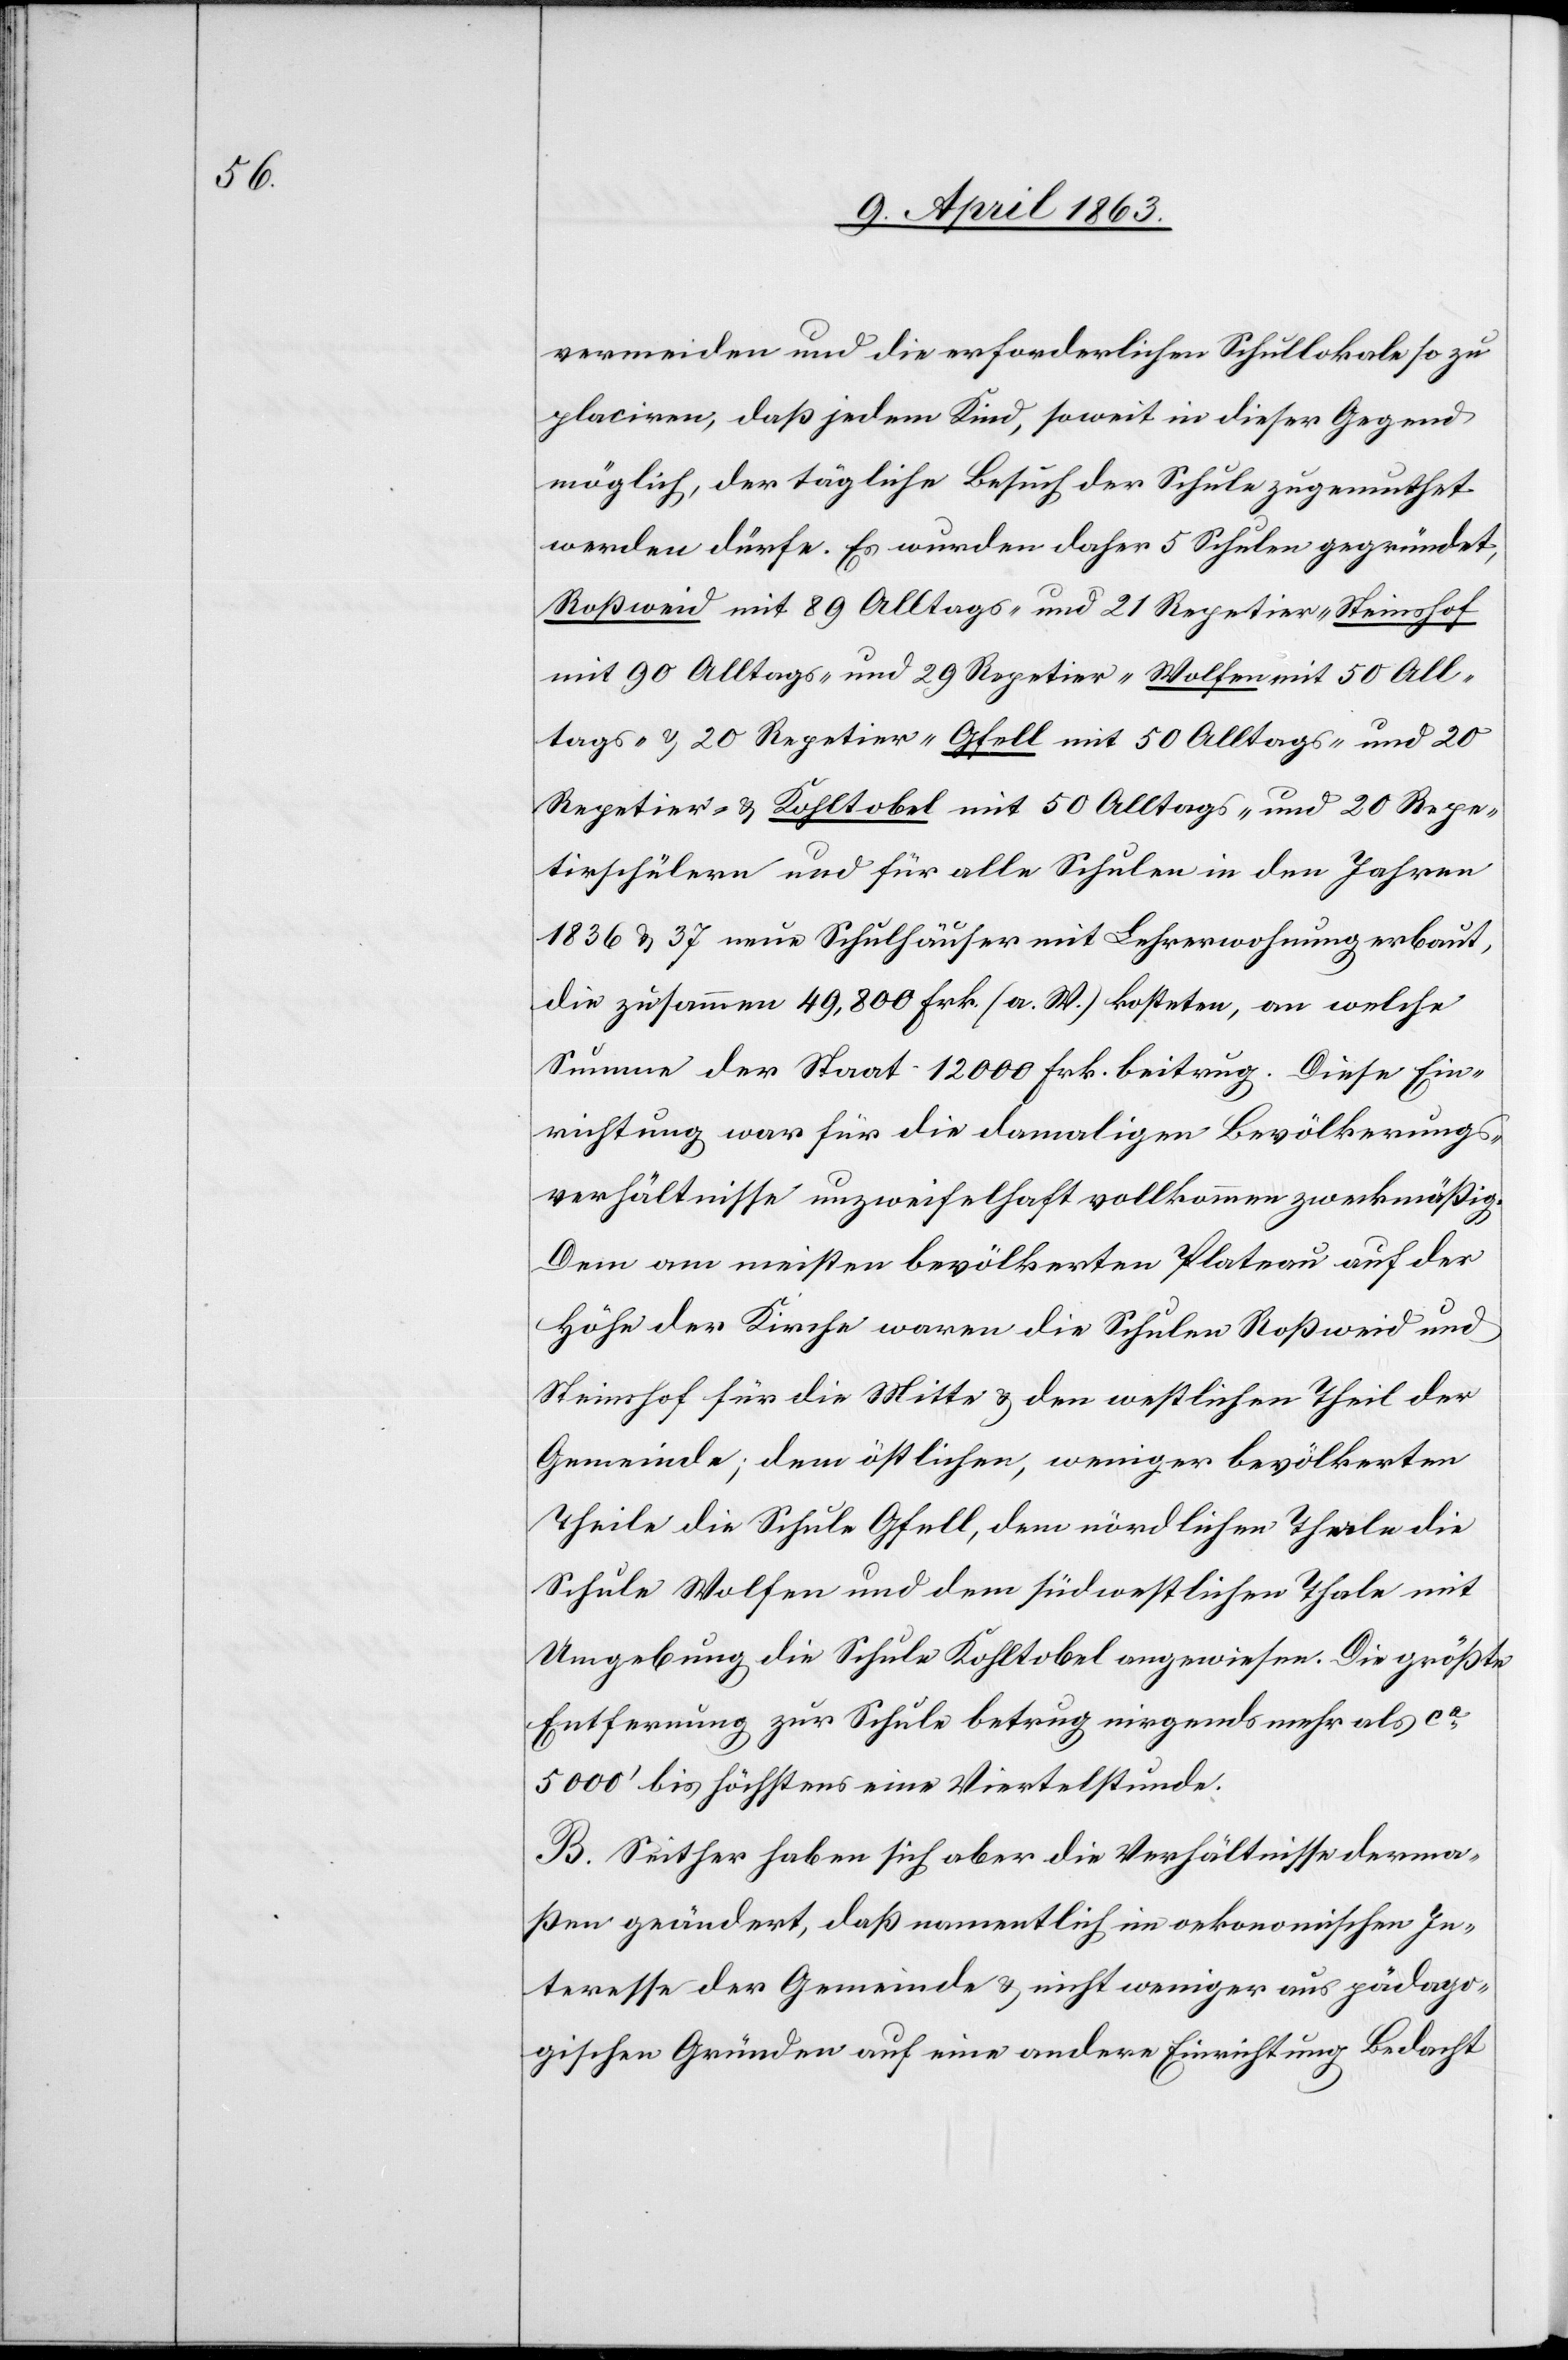
vermeiden und die erforderlichen Schullokale so zu
placiren, daß jedem Kind, soweit in dieser Gegend
möglich, der tägliche Besuch der Schule zugemuthet
werden dürfe. Es wurden daher 5 Schulen gegründet,
Roßweid mit 89 Alltags- und 21 Repetier-[,]
mit 90 Alltags- und 29 Repetier-[,] Wolfen mit 50 All¬
tags- & 20 Repetier-[,] Gfell mit 50 Alltags- und 20
Repetier- & Kohltobel mit 50 Alltags- und 20 Repe¬
tirschülern [sic!] und für alle Schulen in den Jahren
1836 & 37 neue Schulhäuser mit Lehrerwohnung erbaut,
die zusammen 49,800 Frk. (a. W.) kosteten, an welche
Summe der Staat 12 000 Frk. beitrug. Diese Ein¬
richtung war für die damaligen Bevölkerungs¬
verhältnisse unzweifelhaft vollkommen zweckmäßig.
Dem am meisten bevölkerten Plateau auf der
Höhe der Kirche waren die Schulen Roßweid und
Steinshof für die Mitte & den westlichen Theil der
Gemeinde; dem östlichen, weniger bevölkerten
Theile die Schule Gfell, dem nördlichen Thale die
Schule Wolfen und dem südwestlichen Thale mit
Umgebung die Schule Kohltobel angewiesen. Die größte
Entfernung zur Schule betrug nirgends mehr als ca
5000' bis höchstens eine Viertelstunde.
B. Seither haben sich aber die Verhältnisse derma¬
ßen geändert, daß namentlich im oekonomischen In¬
teresse der Gemeinde & nicht weniger aus pädago¬
gischen Gründen auf eine andere Einrichtung Bedacht